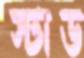
স্টাড